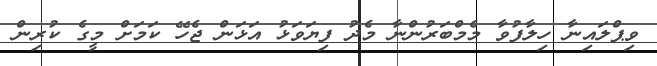
ވިޕްލައިނާ ހިލާފުވާ މެމްބަރުންނާ މެދު ފިޔަވަޅު އަޅަން ޖެހޭ ކަމަށް މީގެ ކުރިން